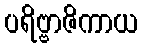
ပရိဗ္ဗာဇိကာယ